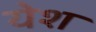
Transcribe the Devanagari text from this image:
येश